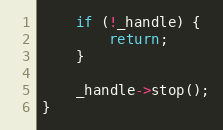
Language: C++
    if (!_handle) {
        return;
    }

    _handle->stop();
}